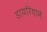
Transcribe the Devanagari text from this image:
डायरियाने